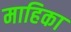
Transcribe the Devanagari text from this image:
माहिका